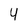
Character: y